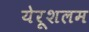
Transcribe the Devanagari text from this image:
येरूशलम